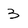
Character: 3